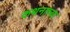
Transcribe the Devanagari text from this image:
कथनाच्या